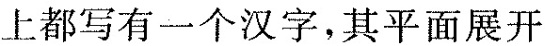
上都写有一个汉字，其平面展开